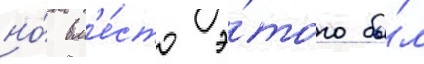
но́ вм'е́сто э́того бы́л